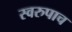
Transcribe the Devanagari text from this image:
स्वरुपाच